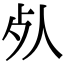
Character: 𣦸